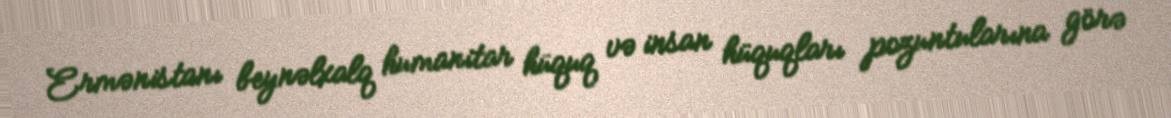
Ermənistanı beynəlxalq humanitar hüquq və insan hüquqları pozuntularına görə